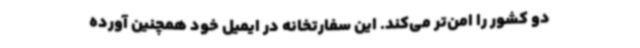
دو کشور را امن‌تر می‌کند. این سفارتخانه در ایمیل خود همچنین آورده